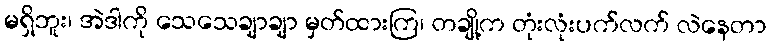
မရှိဘူး၊ အဲဒါကို သေသေချာချာ မှတ်ထားကြ၊ တချို့က တုံးလုံးပက်လက် လဲနေတာ